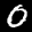
Label: 0